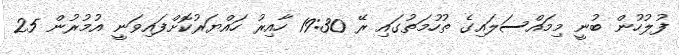
ފުލުހުން ބުނީ މިމައްސަލައިގެ ތުހުމަތުގައި ރޭ 19:30 ހާއިރު ހައްޔަރުކޮށްފައިވަނީ އުމުރުން 25